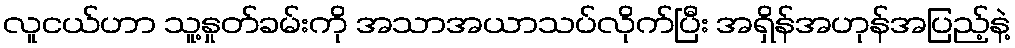
လူငယ်ဟာ သူ့နှုတ်ခမ်းကို အသာအယာသပ်လိုက်ပြီး အရှိန်အဟုန်အပြည့်နဲ့